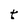
Character: t